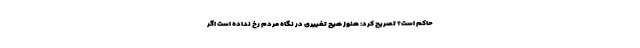
حاکم است؟ تصریح کرد: هنوز هیچ تغییری در نگاه مردم رخ نداده است اگر